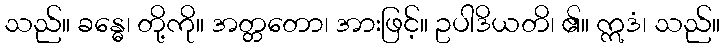
သည်။ ခန္ဓေ၊ တို့ကို။ အတ္တတော၊ အားဖြင့်။ ဥပါဒိယတိ၊ ၏။ ဣဒံ၊ သည်။